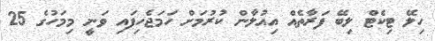
ހިލޭ ޓިކެޓް ލިބޭ ފަރާތެއް އިއުލާން ކުރުމަށް ހަމަޖެހިފައި ވަނީ މިމަހުގެ 25